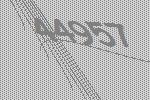
44957